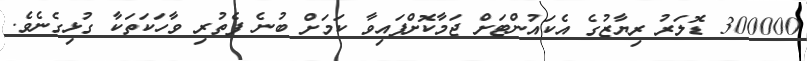
300000 ޑޮލަރު ރިޔާޒުގެ އެކައުންޓަށް ޖަމާކޮށްފައިވާ ކަމަށް ބުނެ ފެތުރި ވާހަކަތަކާ ގުޅިގެނެވެ.